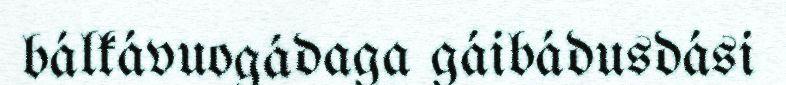
bálkávuogádaga gáibádusdási